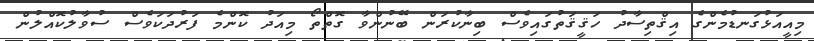
މިއީއަޅުގަނޑުމެންގެ އިޤްތިސާދު ހަޤީޤަތުގައިވެސް ބިނާކުރަން ބޭނުންވާ ގޮތްތޯ މިއަދު ކޮންމެ ފަރުދަކަވެސް ސުވާލުކޮއްލުން